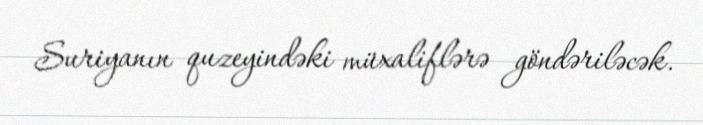
Suriyanın quzeyindəki müxaliflərə göndəriləcək.